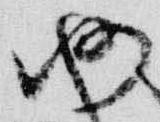
仍